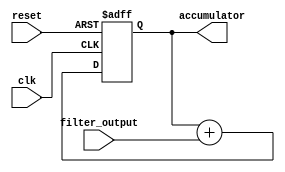
module accumulator(
    input clk,
    input reset,
    input [15:0] filter_output,
    output reg [15:0] accumulator
);

always @(posedge clk or posedge reset)
begin
    if (reset)
        accumulator <= 16'h0000; // reset accumulator to 0
    else
        accumulator <= accumulator + filter_output; // add filter output to accumulator
end

endmodule